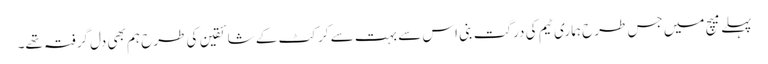
پہلے میچ میں جس طرح ہماری ٹیم کی درگت بنی اس سے بہت سے کرکٹ کے شائقین کی طرح ہم بھی دل گرفتہ تھے۔